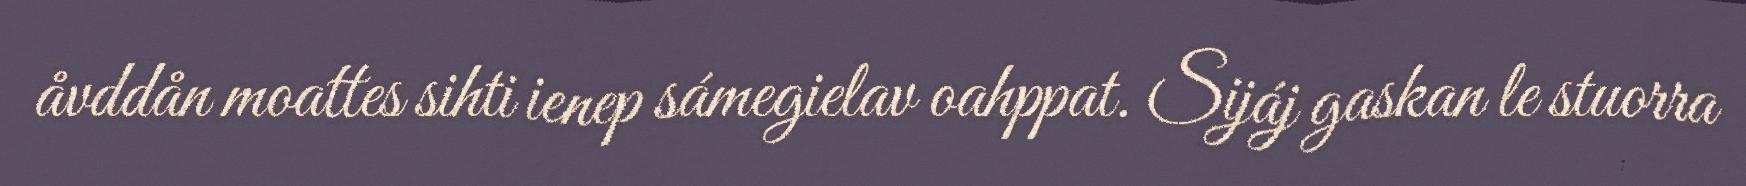
åvddån moattes sihti ienep sámegielav oahppat. Sijáj gaskan le stuorra